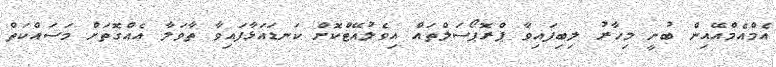
އެމްއެމްއޭއިން ބުނީ މިހާރު ލިބިފައިވާ ޕްރޮޕޯސަލްތައް އިވެލުއޭޓްކޮށް ކަނޑައަޅާފައިވާ ތާވަލާ އެއްގޮތަށް މަސައްކަތް